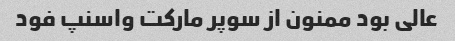
عالی بود ممنون از سوپر مارکت واسنپ فود